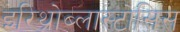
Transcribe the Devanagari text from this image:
इरिथ्रोब्लास्टोसिस